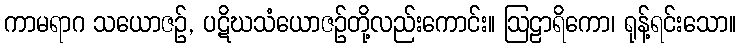
ကာမရာဂ သယောဇဉ်, ပဋိဃသံယောဇဉ်တို့လည်းကောင်း။ ဩဠာရိကော၊ ရုန့်ရင်းသော။